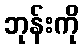
ဘုန်းကို